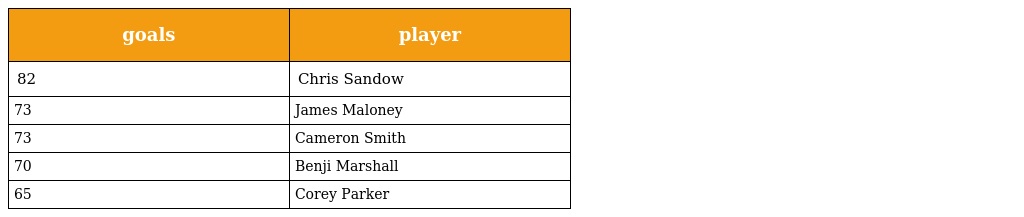
| goals | player |
 | --- | --- |
 | 82 | Chris Sandow |
 | 73 | James Maloney |
 | 73 | Cameron Smith |
 | 70 | Benji Marshall |
 | 65 | Corey Parker |